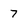
Character: 7